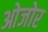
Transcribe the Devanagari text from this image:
ओजोर